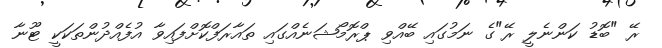
ރޭ "ބޮޑު ކަންނެލީ ރޭ"ގެ ނަމުގައި ބޭއްވި ޕްރޮމޯޝަނެއްގައި ތައާރަފްކޮށްފައިވާ އުފެއްދުންތަކަކީ ޓޫނާ